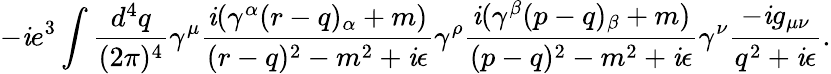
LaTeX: -\mathit{i}e^{3}\int{\frac{{d^{4}q}}{{(2\pi)^{4}}}}\gamma^{\mu}{\frac{{\mathit{i}(\gamma^{\alpha}(r-q)_{\alpha}+m)}}{{(r-q)^{2}-m^{2}+\mathit{i}\epsilon}}}\gamma^{\rho}{\frac{{\mathit{i}(\gamma^{\beta}(p-q)_{\beta}+m)}}{{(p-q)^{2}-m^{2}+\mathit{i}\epsilon}}}\gamma^{\nu}{\frac{{-\mathit{i}g_{\mu\nu}}}{{q^{2}+\mathit{i}\epsilon}}}.